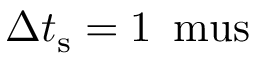
\Delta t _ { \mathrm { s } } = 1 \, \mathrm { { \ m u s } }